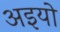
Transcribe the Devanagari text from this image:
अइयो